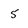
Character: 5